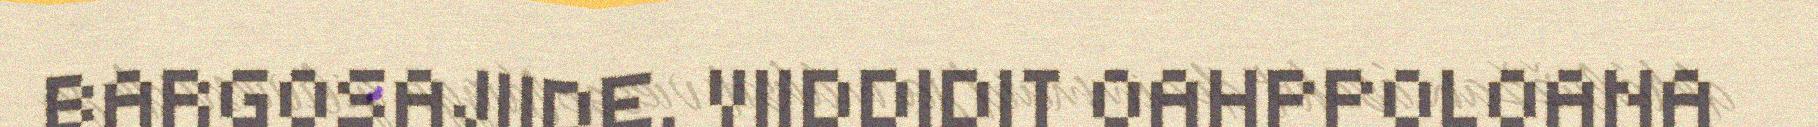
BARGOSAJIIDE. VIIDDIDIT OAHPPOLOANA